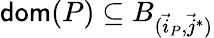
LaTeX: \mathsf{dom}(P)\subseteq B_{(\vec{i}_{P},\vec{j}^{*})}